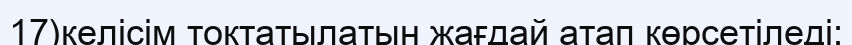
17)келісім тоқтатылатын жағдай атап көрсетіледі;